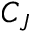
C _ { J }